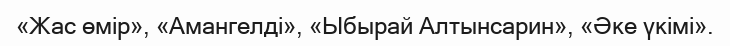
«Жас өмір», «Амангелді», «Ыбырай Алтынсарин», «Әке үкімі».